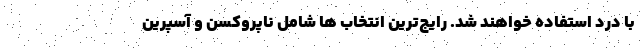
با درد استفاده خواهند شد. رایج‌ترین انتخاب ها شامل ناپروکسن و آسپرین